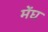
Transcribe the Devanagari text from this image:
मेंघ